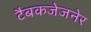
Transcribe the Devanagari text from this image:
टैबकजेजनेर